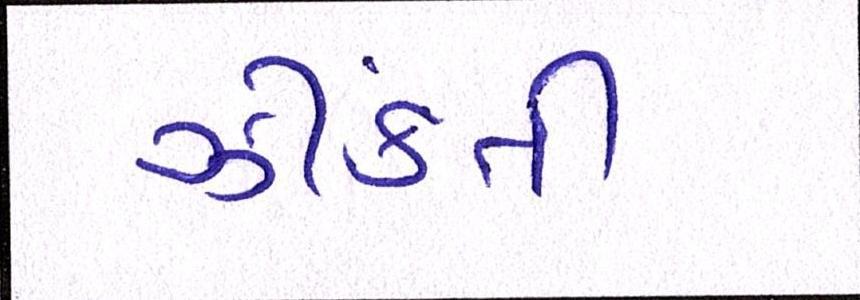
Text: ઝીંકતી